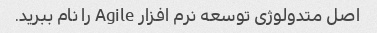
اصل متدولوژی توسعه نرم افزار Agile را نام ببرید.